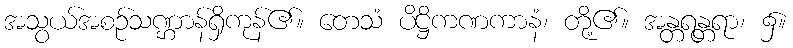
အသွယ်အစဉ်သဏ္ဌာန်ရှိကုန်၏။ တေသံ ပိဋ္ဌိကဏကာနံ၊ တို့၏။ အန္တရန္တရာ၊ ၌။